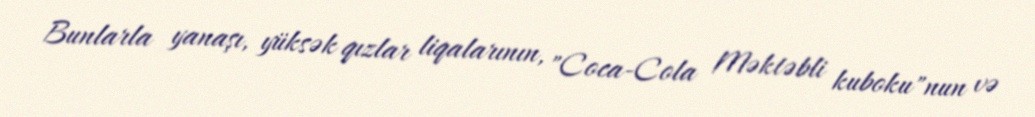
Bunlarla yanaşı, yüksək qızlar liqalarının, "Coca-Cola Məktəbli kuboku"nun və